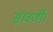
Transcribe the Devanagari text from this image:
सावर्णी।